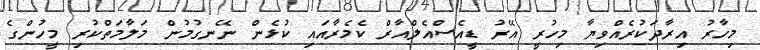
މިހާރު އިރާދަކުރެއްވިޔާ މިހުރީ އޭރު ޑީއެސްއެލްއާރް ކެމެރާއައި ކުޅެން ނޭނގުމުން މަލާމަތްކުރި މީހުންގެ